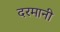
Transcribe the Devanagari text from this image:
दरमानी